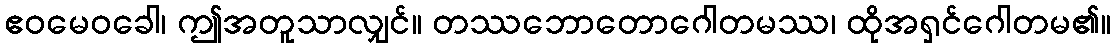
ဧဝမေဝခေါ၊ ဤအတူသာလျှင်။ တဿဘောတောဂေါတမဿ၊ ထိုအရှင်ဂေါတမ၏။